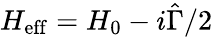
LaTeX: H_{\mathrm{eff}}=H_{0}-i\hat{\Gamma}/2